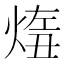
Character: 𤋨